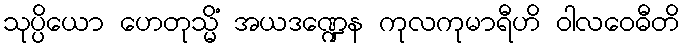
သုပ္ပိယော ဟေတုသ္မိံ အယဒဏ္ဍေန ကုလကုမာရီဟိ ဝါလဝေဓီတိ